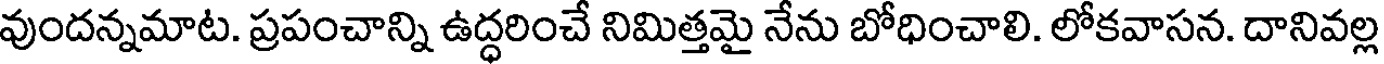
వుందన్నమాట. ప్రపంచాన్ని ఉద్ధరించే నిమిత్తమై నేను బోధించాలి. లోకవాసన. దానివల్ల